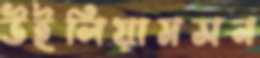
উইলিয়ামসন